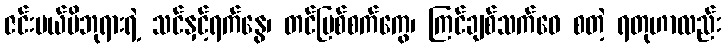
ဇင်းမယ်မိဘုရားရဲ့ သင်နှင့်ရက်နွေ၊ တင်ပြစ်စက်ကွေ၊ ကြင်ချစ်သက်ဝေ စတဲ့ ရတုဟာလည်း